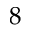
8